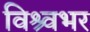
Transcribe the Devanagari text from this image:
विश्र्वभर